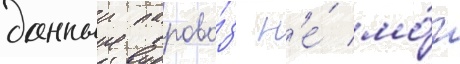
данныи парово́з н'е́ мо́г